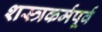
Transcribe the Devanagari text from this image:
शस्त्रकर्मपूर्व